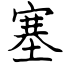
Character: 塞